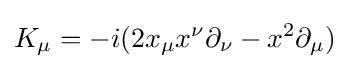
K_{\mu }=-i(2x_{\mu }x^{\nu }\partial _{\nu }-x^{2}\partial _{\mu })